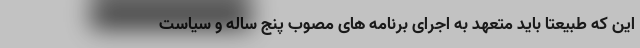
این که طبیعتاً باید متعهد به اجرای برنامه های مصوب پنج ساله و سیاست